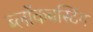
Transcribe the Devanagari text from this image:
ब्लॉकबस्टिंग